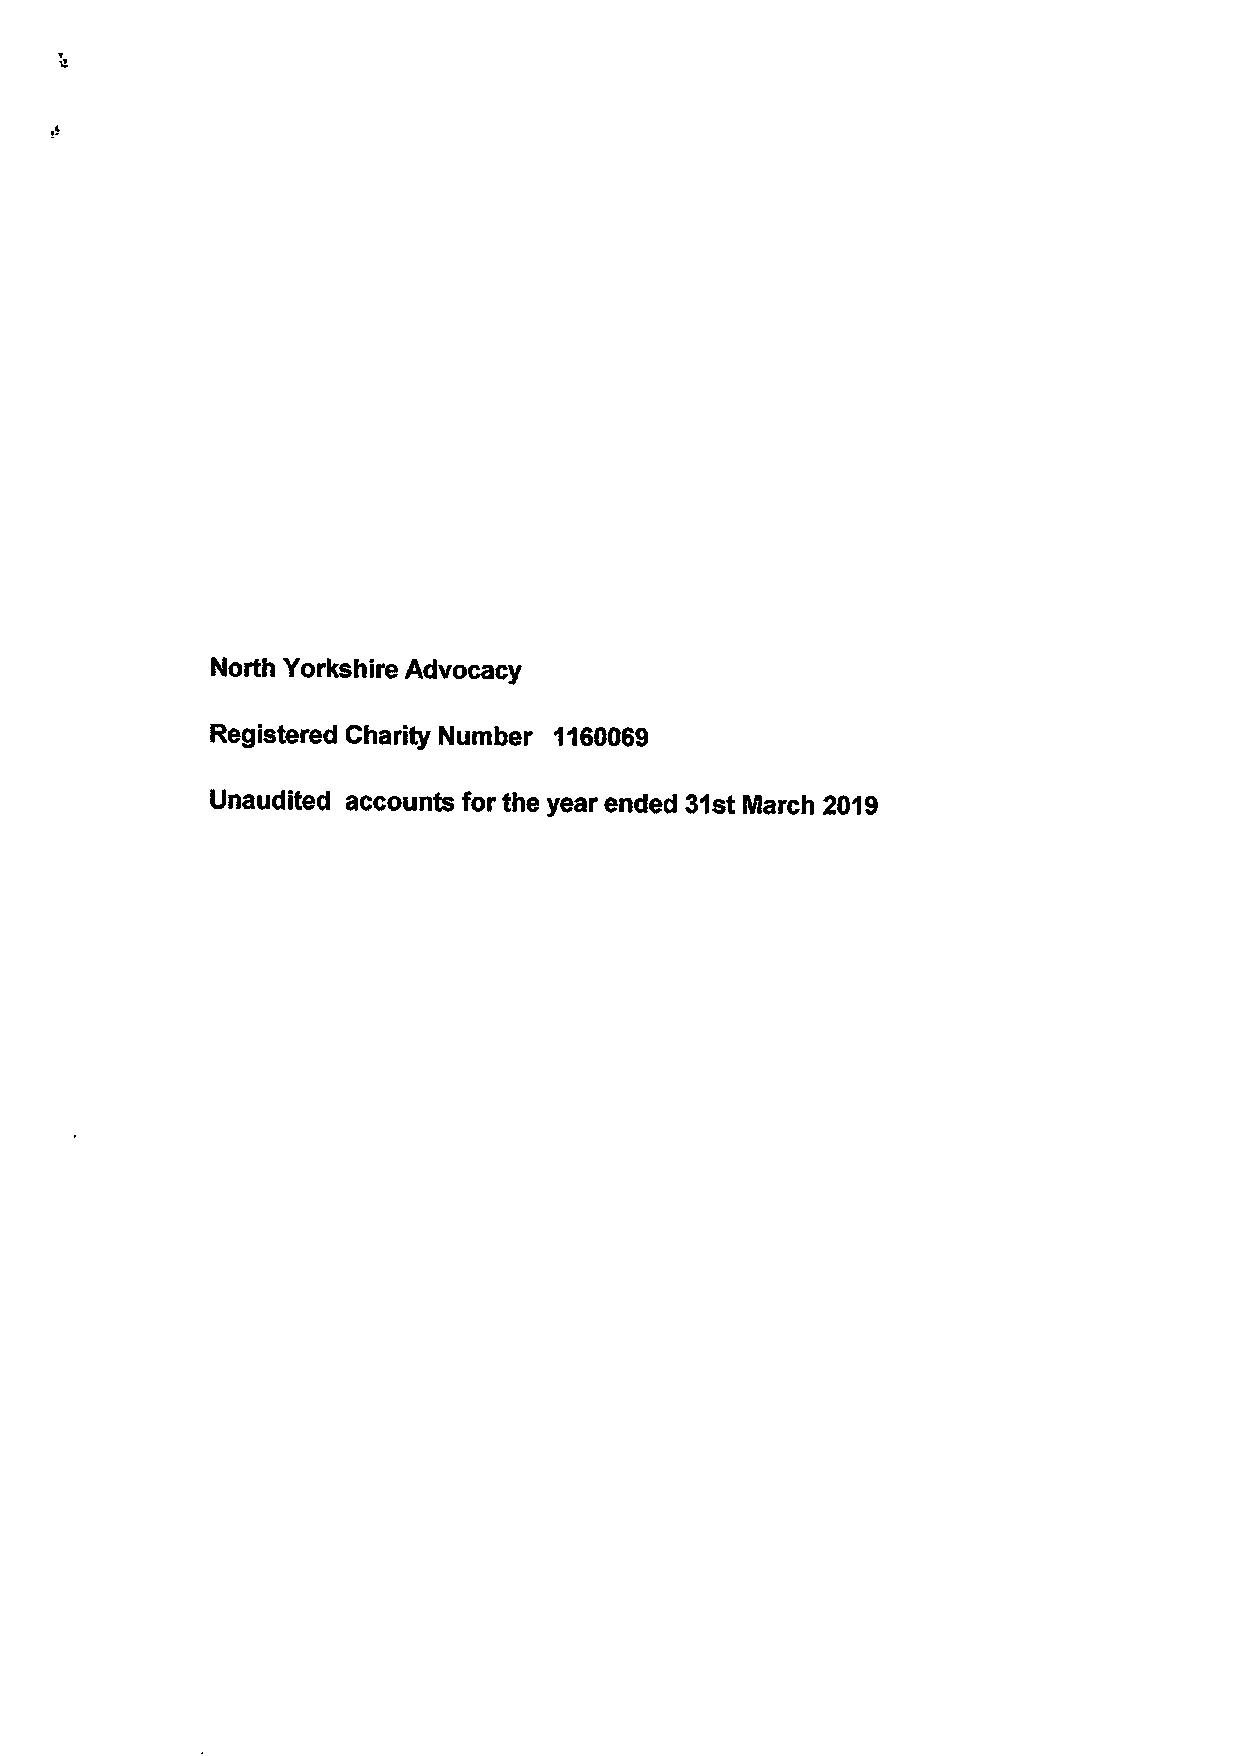
North Yorkshire Advocacy
 Registered Charity Number 1180069
 Unaudited accounts for the year ended 31st March 2019